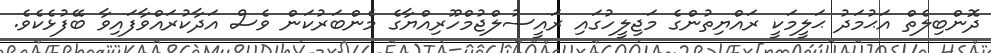
ދޮންބިލެތް އަޙުމަދު ޙަލީމަކީ ރައްޔިތުންގެ މަޖިލީހުގައި ރައީސުލްޖުމްހޫރިއްޔާގެ މެންބަރުކަން ވެސް އަދާކުރައްވާފައިވާ ބޭފުޅެކެވެ.